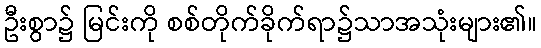
ဦးစွာ၌ မြင်းကို စစ်တိုက်ခိုက်ရာ၌သာအသုံးများ၏။